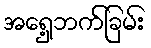
အရှေ့ဘက်ခြမ်း